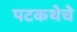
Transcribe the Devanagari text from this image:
पटकथेचे